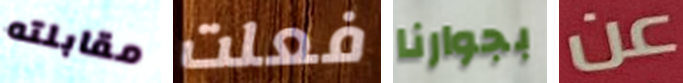
مقابلته فعلت بجوارنا عن